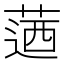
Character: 𦶅